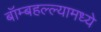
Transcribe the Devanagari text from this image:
बॉम्बहल्ल्यामध्ये